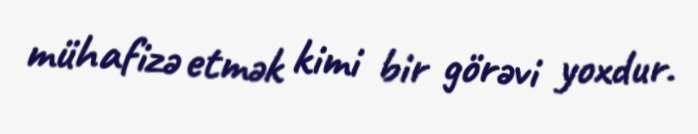
mühafizə etmək kimi bir görəvi yoxdur.